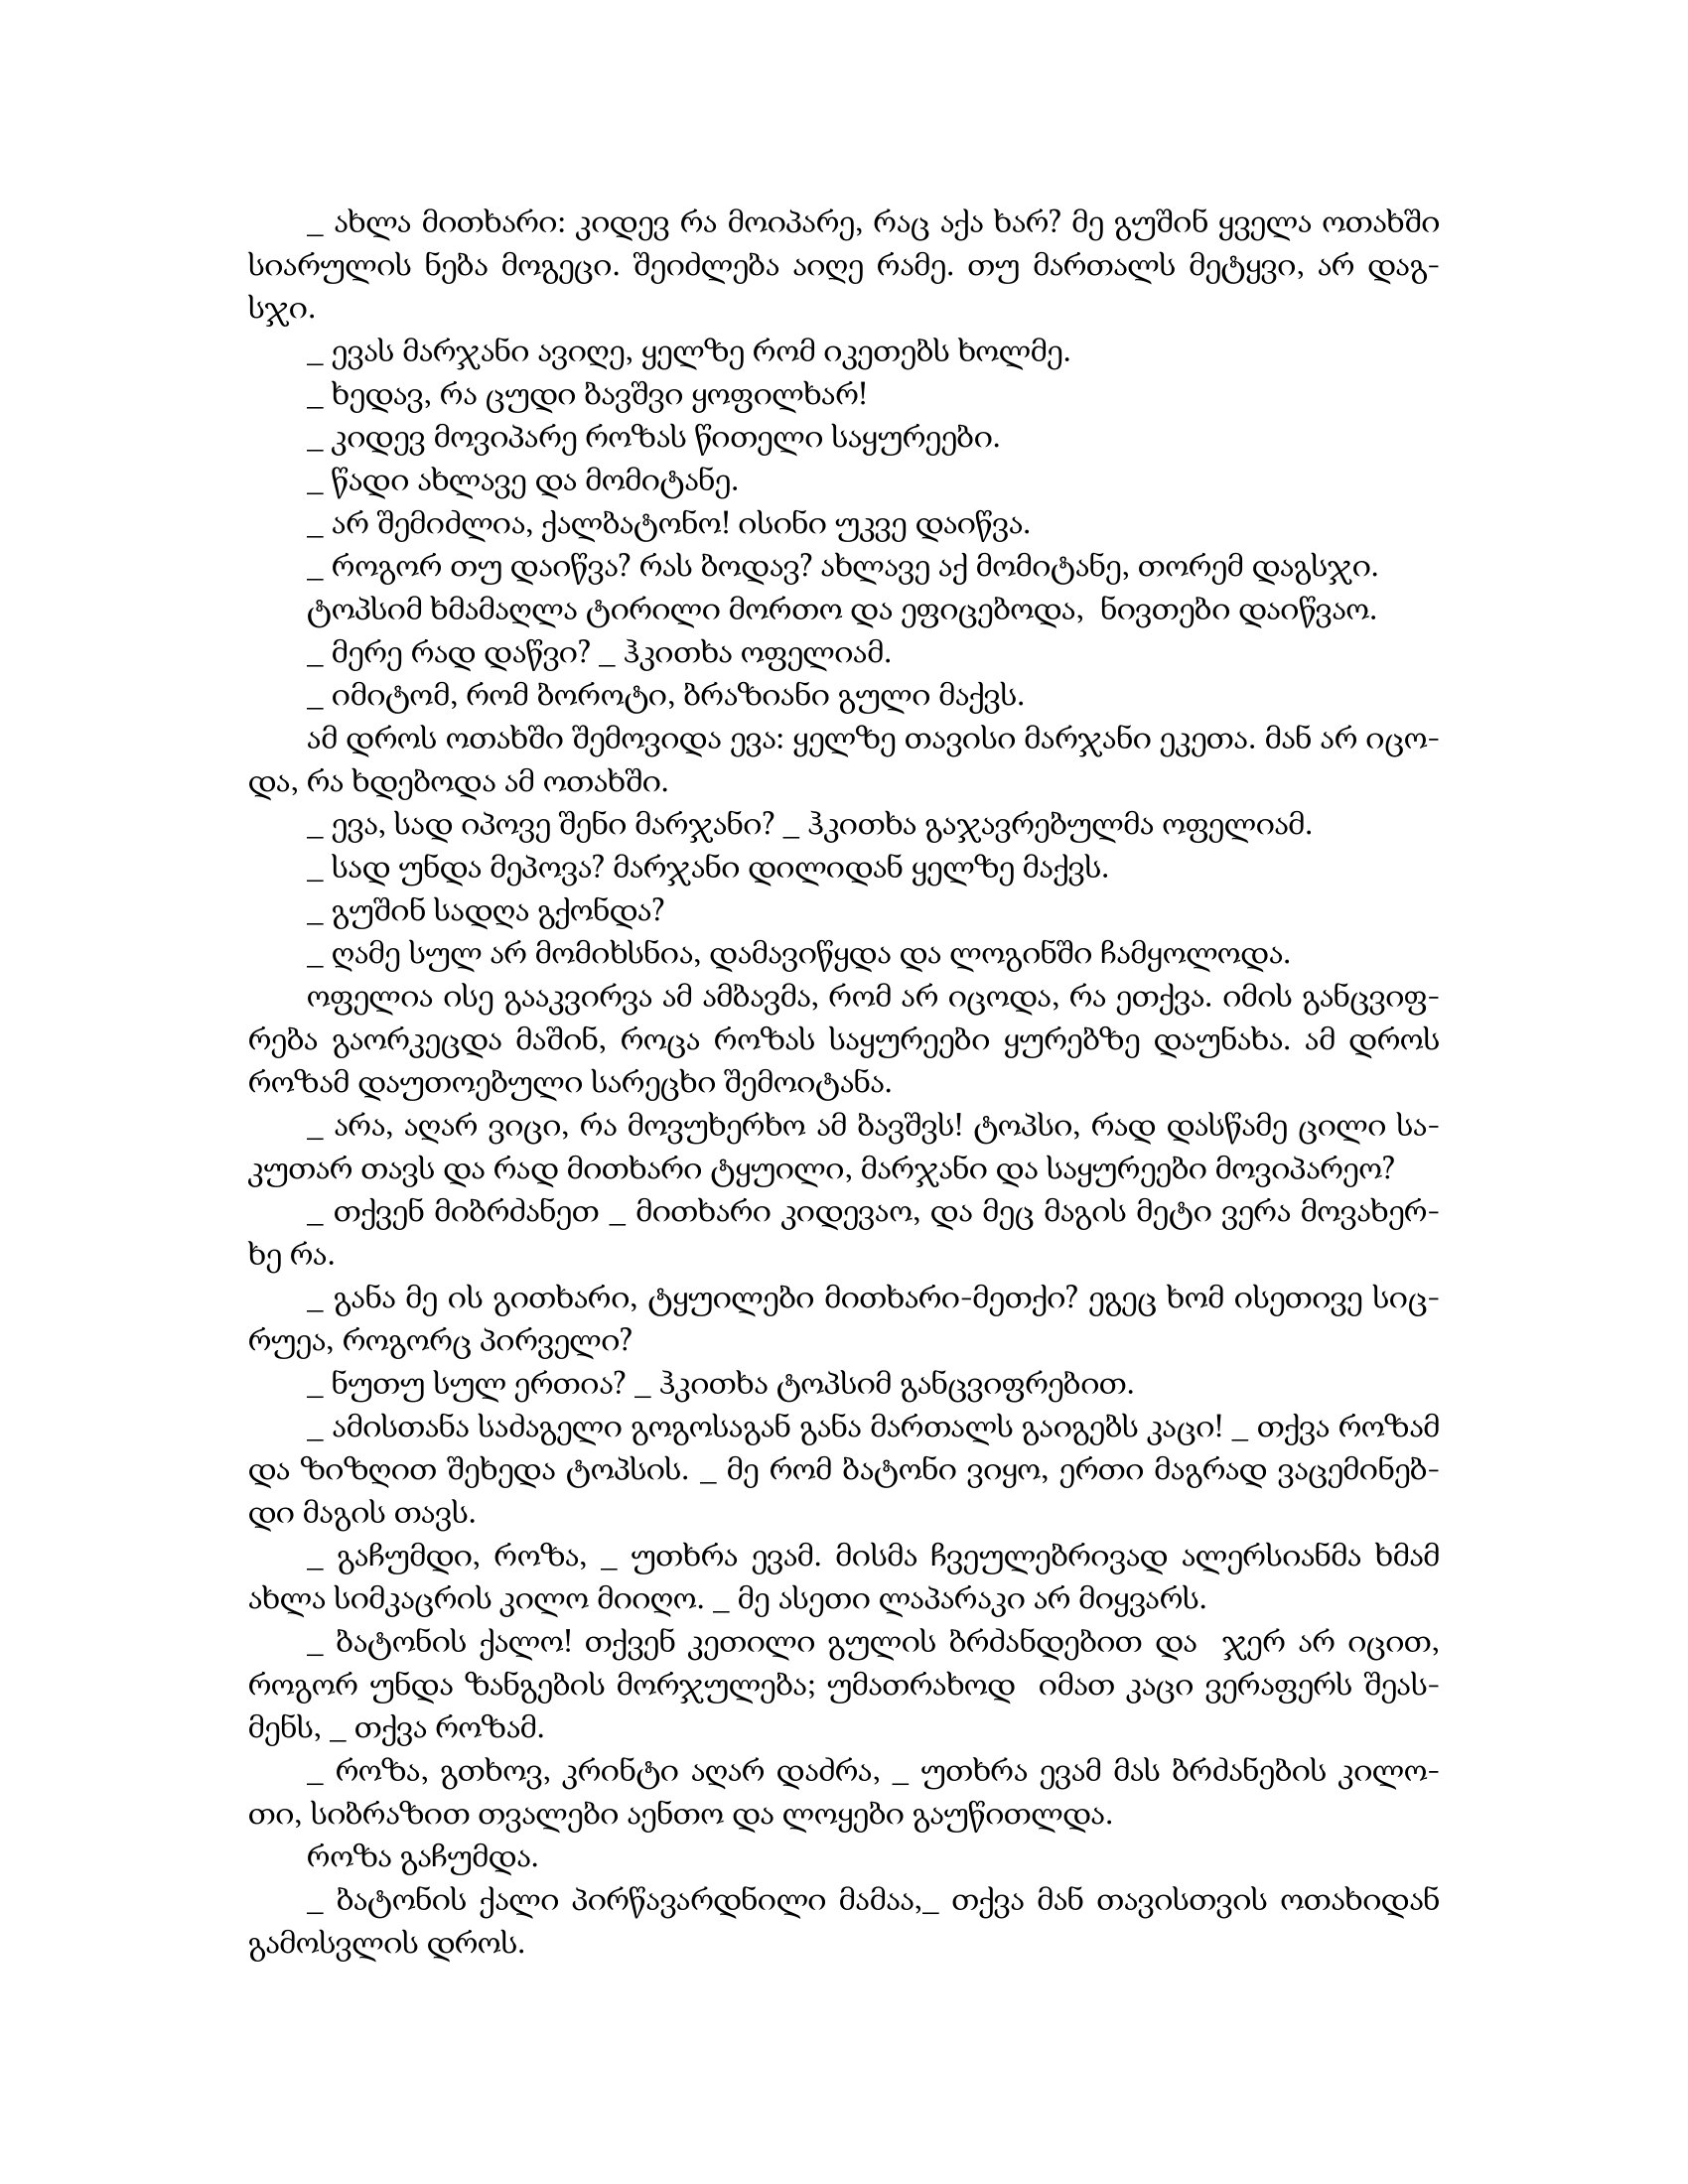
Language: gr